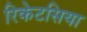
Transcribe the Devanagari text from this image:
रिकेटसिया